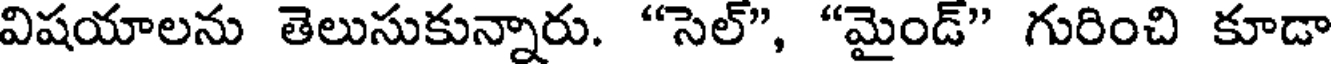
విషయాలను తెలుసుకున్నారు. "సెల్", "మైండ్" గురించి కూడా